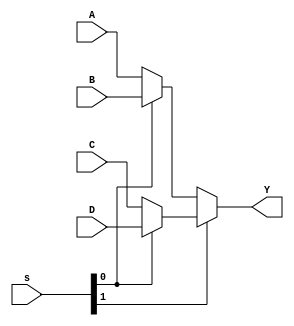
// 4:1 MUX using Conditional Operator
// Created by Nitheesh Kumar - Aug 01 2020

module Mux_4x1_cond #(parameter Width = 2) (
	input [Width-1:0] A,B,C,D,
	input [1:0] s,
	output [Width-1:0] Y);

assign Y = ~s[1] ? (~s[0] ? A : B) : (~s[0] ? C : D);

endmodule